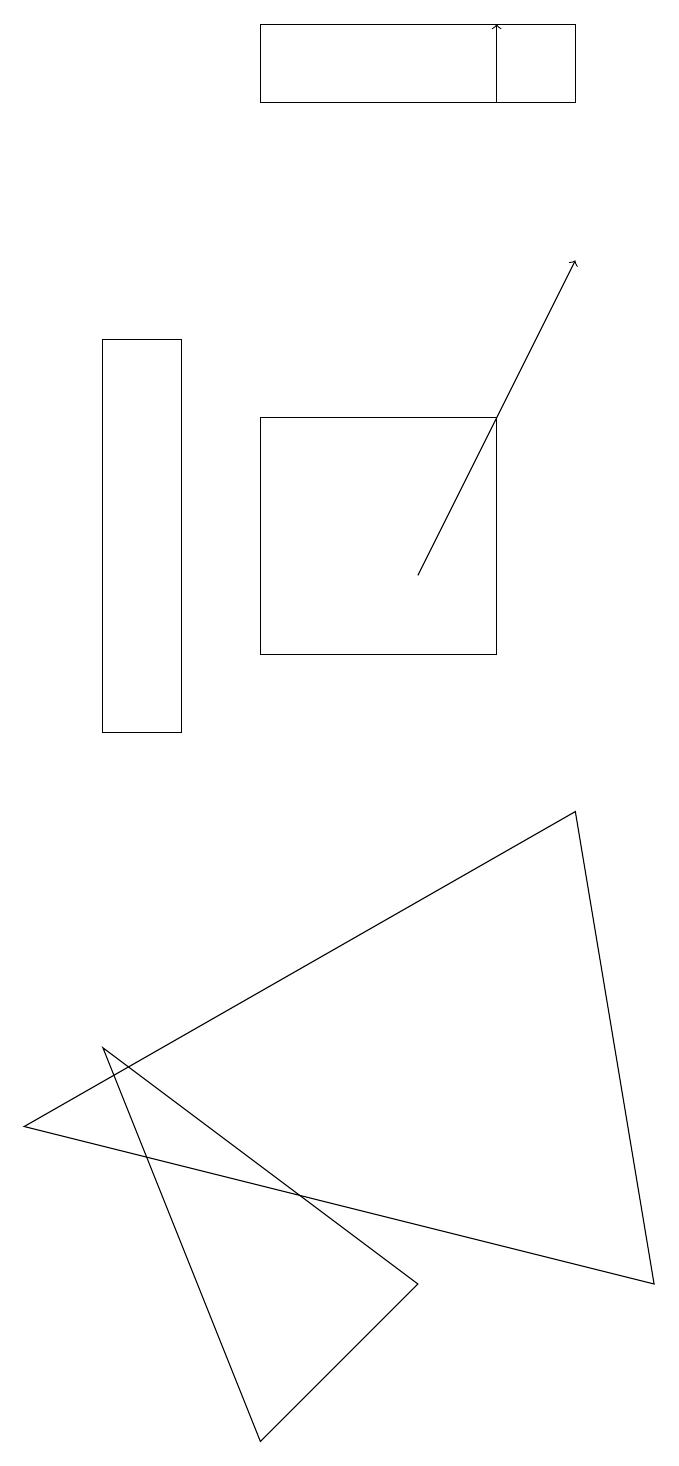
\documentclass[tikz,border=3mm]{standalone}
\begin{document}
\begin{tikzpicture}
\draw (3,1) -- (1,6) -- (5,3) -- cycle;
\draw[->] (6,18) -- (6,19);
\draw (8,3) -- (0,5) -- (7,9) -- cycle;
\draw (3,19) rectangle (7,18);
\draw (1,10) rectangle (2,15);
\draw (3,14) rectangle (6,11);
\draw[->] (5,12) -- (7,16);
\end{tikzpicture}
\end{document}